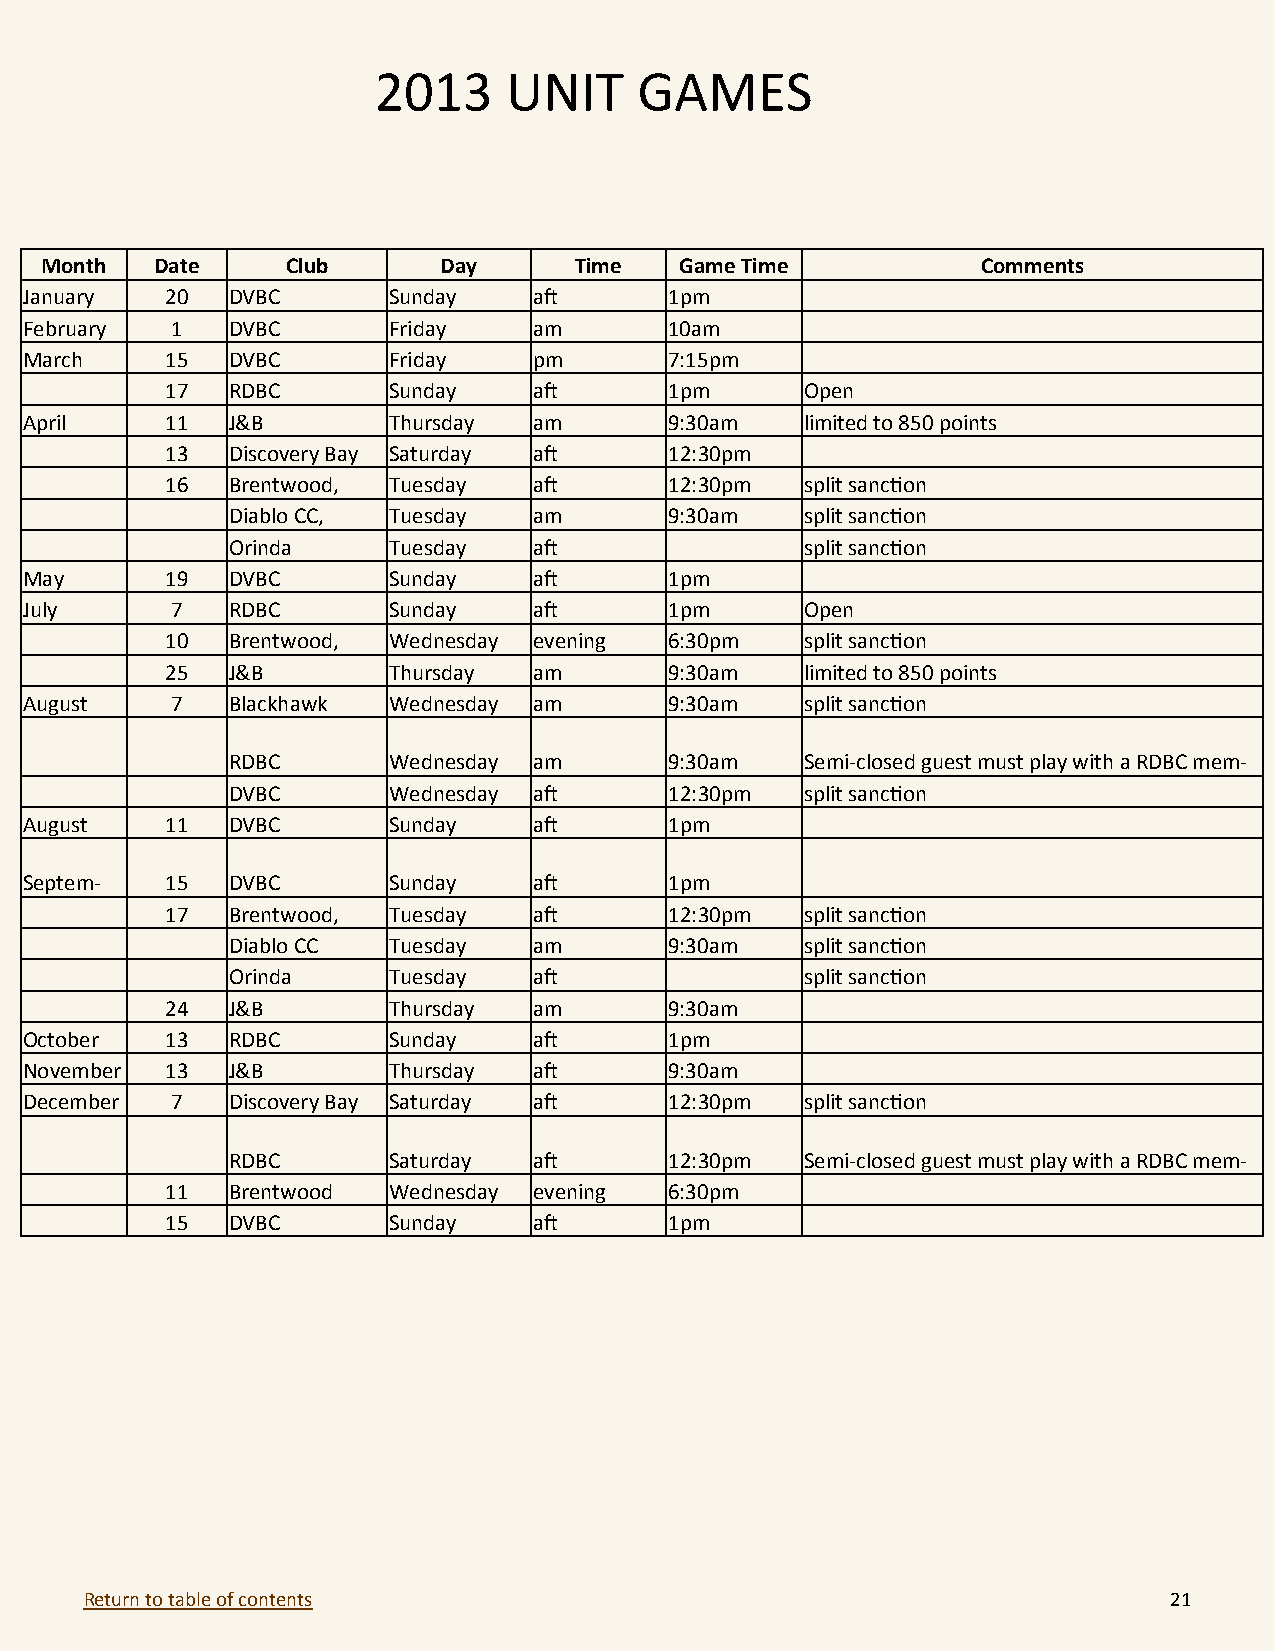
2013    UNIT     GAMES
 Month  Date     Club      Day      Time   Game Time           Comments
 January  20  DVBC       Sunday   aft      1pm
 February 1   DVBC       Friday   am       10am
 March    15  DVBC       Friday   pm       7:15pm
 17  RDBC       Sunday   aft      1pm      Open
 April    11  J&B        Thursday am       9:30am   limited to 850 points
 13  Discovery Bay Saturday aft   12:30pm
 16  Brentwood, Tuesday  aft      12:30pm  split sanction
 Diablo CC, Tuesday  am       9:30am   split sanction
 Orinda     Tuesday  aft               split sanction
 May      19  DVBC       Sunday   aft      1pm
 July     7   RDBC       Sunday   aft      1pm      Open
 10  Brentwood, Wednesday evening 6:30pm   split sanction
 25  J&B        Thursday am       9:30am   limited to 850 points
 August   7   Blackhawk  Wednesday am      9:30am   split sanction
 RDBC       Wednesday am      9:30am   Semi-closed guest must play with a RDBC mem-
 DVBC       Wednesday aft     12:30pm  split sanction
 August   11  DVBC       Sunday   aft      1pm
 Septem-  15  DVBC       Sunday   aft      1pm
 17  Brentwood, Tuesday  aft      12:30pm  split sanction
 Diablo CC  Tuesday  am       9:30am   split sanction
 Orinda     Tuesday  aft               split sanction
 24  J&B        Thursday am       9:30am
 October  13  RDBC       Sunday   aft      1pm
 November 13  J&B        Thursday aft      9:30am
 December 7   Discovery Bay Saturday aft   12:30pm  split sanction
 RDBC       Saturday aft      12:30pm  Semi-closed guest must play with a RDBC mem-
 11  Brentwood  Wednesday evening 6:30pm
 15  DVBC       Sunday   aft      1pm
 Return to table of contents                                            21